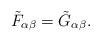
LaTeX: \begin{align*} \Tilde{F}_{\alpha \beta} = \Tilde{G}_{\alpha \beta}.\end{align*}